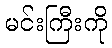
မင်းကြီးကို